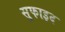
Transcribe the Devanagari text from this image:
सुफाइद